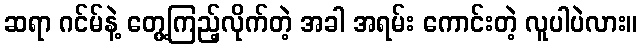
ဆရာ ဂင်မ်နဲ့ တွေ့ကြည့်လိုက်တဲ့ အခါ အရမ်း ကောင်းတဲ့ လူပါပဲလား။